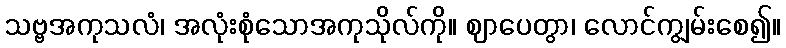
သဗ္ဗအကုသလံ၊ အလုံးစုံသောအကုသိုလ်ကို။ ဈာပေတွာ၊ လောင်ကျွမ်းစေ၍။